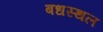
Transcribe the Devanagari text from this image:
बधस्थल